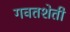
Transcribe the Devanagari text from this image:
गवतशेती